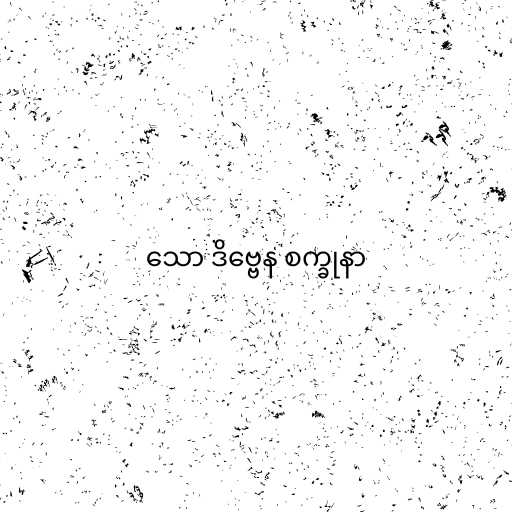
သော ဒိဗ္ဗေန စက္ခုနာ